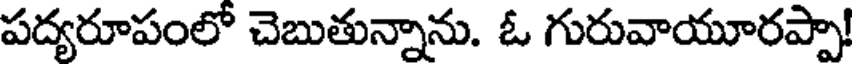
పద్యరూపంలో చెబుతున్నాను. ఓ గురువాయూరప్పా!